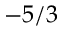
- 5 / 3